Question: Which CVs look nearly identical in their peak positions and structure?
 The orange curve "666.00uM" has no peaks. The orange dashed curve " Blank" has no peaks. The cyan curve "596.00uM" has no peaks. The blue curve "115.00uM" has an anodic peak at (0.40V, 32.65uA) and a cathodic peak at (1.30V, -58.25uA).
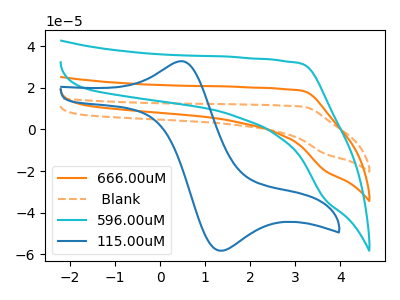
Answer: <think>Neither "666.00uM" or " Blank" have any peaks. Neither "666.00uM" or "596.00uM" have any peaks. "666.00uM" and "115.00uM" have a different number of peaks. Neither " Blank" or "596.00uM" have any peaks. " Blank" and "115.00uM" have a different number of peaks. "596.00uM" and "115.00uM" have a different number of peaks.
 </think>
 <answer>"596.00uM", "666.00uM" and " Blank" have the same shape and are likely CV's of the same chemical.</answer>
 <eval>"596.00uM" "666.00uM" " Blank"</eval>